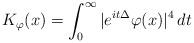
LaTeX: \begin{align*}K_\varphi(x) = \int_0^\infty |e^{it\Delta}\varphi(x)|^4\,dt \end{align*}